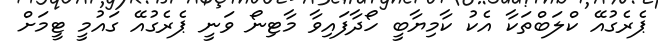
ޕެރެގުއޭ ކްލަބްތަކާ އެކު ކާމިޔާބީ ހޯދާފައިވާ މާޓިނޯ ވަނީ ޕެރެގުއޭ ގައުމީ ޓީމަށް